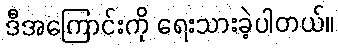
ဒီအကြောင်းကို ရေးသားခဲ့ပါတယ်။